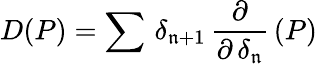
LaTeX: D(P)=\sum\, \delta_{\mathfrak{n}+1}\, {\frac{{\partial}}{{\partial\, \delta_{\mathfrak{n}}}}}\, (P)